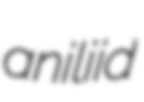
aniliid